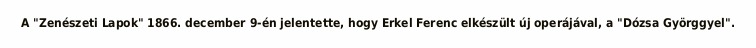
A "Zenészeti Lapok" 1866. december 9-én jelentette, hogy Erkel Ferenc elkészült új operájával, a "Dózsa Györggyel".